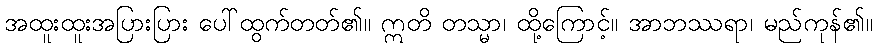
အထူးထူးအပြားပြား ပေါ်ထွက်တတ်၏။ ဣတိ တသ္မာ၊ ထို့ကြောင့်။ အာဘဿရာ၊ မည်ကုန်၏။